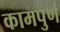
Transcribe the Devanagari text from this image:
कामपुर्ण